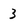
Character: 3